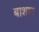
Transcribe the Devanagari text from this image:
बाशाद